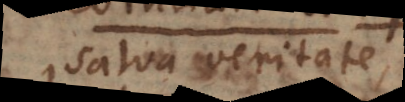
salva veritate,